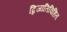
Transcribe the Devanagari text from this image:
द्विजातिविहित